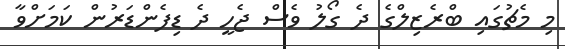
މި މެޗުގައި ބްރެޒިލްގެ ދެ ގޯލު ވެސް ޖެހީ ދެ ޑިފެންޑަރުން ކަމަށްވާ